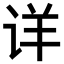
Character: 详